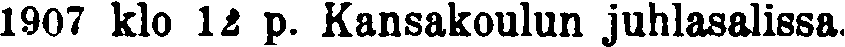
1907 klo 12 p. Kansakoulun juhlasalissa.